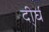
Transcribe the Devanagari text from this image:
दी्र्घ